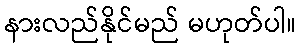
နားလည်နိုင်မည် မဟုတ်ပါ။